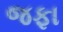
જફા